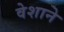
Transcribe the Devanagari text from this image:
वेशाने